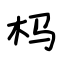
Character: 杩